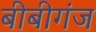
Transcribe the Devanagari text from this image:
बीबीगंज